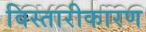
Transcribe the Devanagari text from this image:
विस्तारीकारण